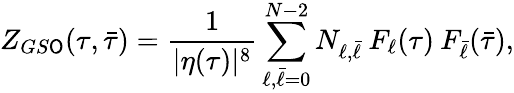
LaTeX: Z_{GS\mathsf{O}}(\tau,\bar{{\tau}})=\frac{{1}}{{|\eta(\tau)|^{8}}}\sum_{\ell,\bar{{\ell}}=0}^{N-2}N_{\ell,\bar{{\ell}}}\: F_{\ell}(\tau)\: F_{\bar{{\ell}}}(\bar{{\tau}}),